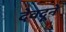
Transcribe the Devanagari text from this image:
देवदूने